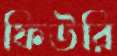
ফিউরি